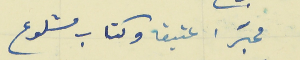
محبَرا عتيقا وكتاب مشلوع